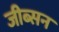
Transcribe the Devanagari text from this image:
जीब्सन